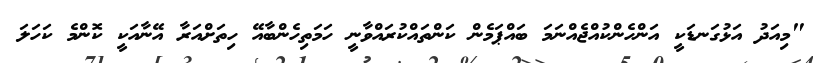
"މިއަދު އަޅުގަނޑަކީ އަންހެންކުއްޖެއްނަމަ ބައްޕަމެން ކަންތައްކުރައްވާނީ ހަމަތިހެންބާއޭ ހިތަށްއަރާ އޭނާއަކީ ކޮންމެ ކަހަލަ